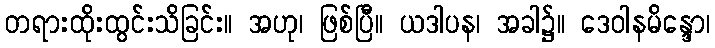
တရားထိုးထွင်းသိခြင်း။ အဟု၊ ဖြစ်ပြီ။ ယဒါပန၊ အခါ၌။ ဒေဝါနမိန္ဒော၊